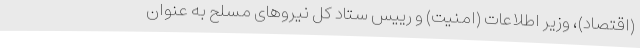
(اقتصاد)، وزیر اطلاعات (امنیت) و رییس ستاد کل نیروهای مسلح به عنوان